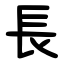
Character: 長